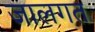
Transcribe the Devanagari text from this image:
जालगत